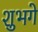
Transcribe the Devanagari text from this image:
शुभगे